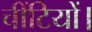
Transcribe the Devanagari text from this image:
चींटियों।